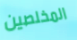
المخلصين